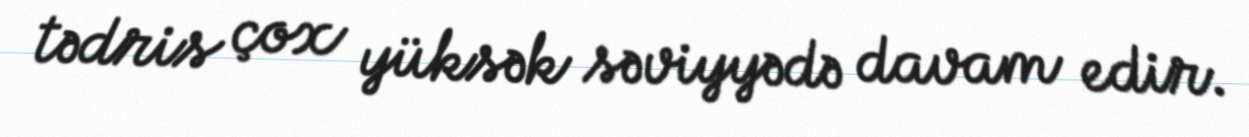
tədris çox yüksək səviyyədə davam edir.